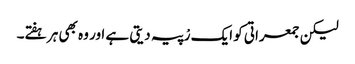
لیکن جمعراتی کو ایک رْپیہ دیتی ہے اور وہ بھی ہر ہفتے۔